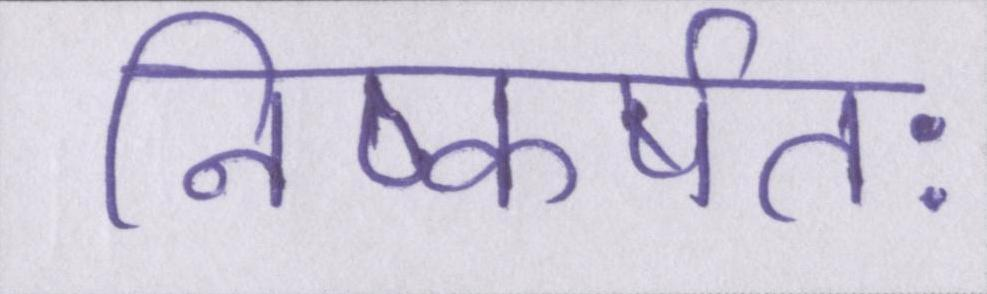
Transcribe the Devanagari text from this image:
निष्कर्षतः